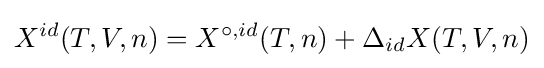
X^{id}(T,V,n)=X^{\circ ,id}(T,n)+\Delta _{id}X(T,V,n)